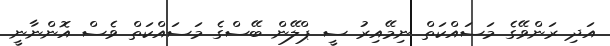
އަދި ރަންވޭގެ މަސައްކަތް ނިމޭއިރު ސީ ޕްލޭން ބޭސްގެ މަސައްކަތް ވެސް އޮންނާނީ